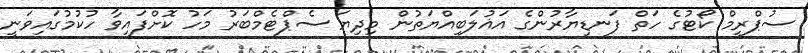
ސުޕްރީމް ކޯޓުގެ ހަތް ފަނޑިޔާރުންގެ އަޣުލަބިއްޔަތުން މިދިޔަ ސެޕްޓެމްބަރު މަހު ކޮށްފައިވާ ހުކުމުގައިވަނީ